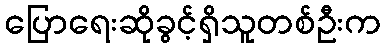
ပြောရေးဆိုခွင့်ရှိသူတစ်ဦးက